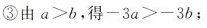
③由$$a > b$$，得$$- 3 a > - 3 b$$；